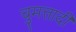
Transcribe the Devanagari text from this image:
चुमत्तादी